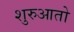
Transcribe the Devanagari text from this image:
शुरुआतो